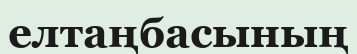
елтаңбасының